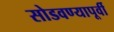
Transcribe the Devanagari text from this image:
सोडवण्यापूर्वी